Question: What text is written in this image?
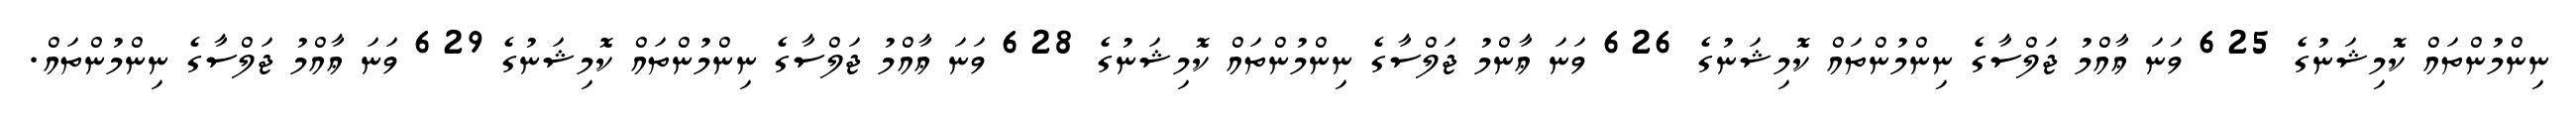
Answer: ނިންމުންތައް ކޮމިޝަނުގެ 625 ވަނަ ޢާއްމު ޖަލްސާގެ ނިންމުންތައް ކޮމިޝަނުގެ 626 ވަނަ ޢާންމު ޖަލްސާގެ ނިންމުންތައް ކޮމިޝަނުގެ 628 ވަނަ ޢާއްމު ޖަލްސާގެ ނިންމުންތައް ކޮމިޝަނުގެ 629 ވަނަ ޢާއްމު ޖަލްސާގެ ނިންމުންތައް.